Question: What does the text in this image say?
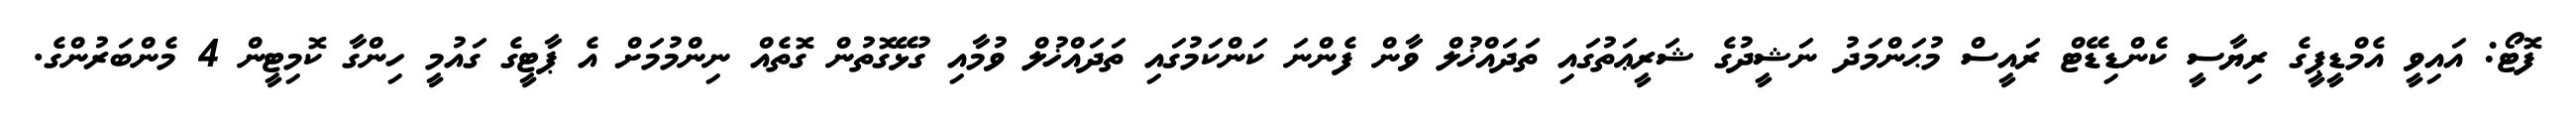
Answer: ފޮޓޯ: އައިވީ އެމްޑީޕީގެ ރިޔާސީ ކެންޑިޑޭޓް ރައީސް މުޙަންމަދު ނަޝީދުގެ ޝަރީޢަތުގައި ތަދައްޚުލް ވާން ފެންނަ ކަންކަމުގައި ތަދައްޚުލް ވުމާއި ގުޅޭގޮތުން ގޮތެއް ނިންމުމަށް އެ ޕާޓީގެ ގައުމީ ހިންގާ ކޮމިޓީން 4 މެންބަރުންގެ.